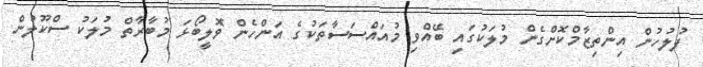
ފުލުހުން އިންތިޒާމްކޮށްގެން މުލަކުގައި ބޭއްވި މުއައްސަސާތަކުގެ އަންހެން ވޮލީބޯޅަ މުބާރާތް މުލަކު ސްކޫލުން